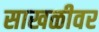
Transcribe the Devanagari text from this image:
साखळीवर